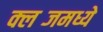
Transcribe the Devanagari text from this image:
क्लब्जमध्ये